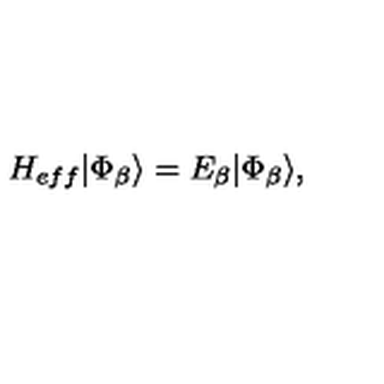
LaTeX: { H _ { e f f } } | \Phi _ { \beta } \rangle = E _ { \beta } | \Phi _ { \beta } \rangle ,